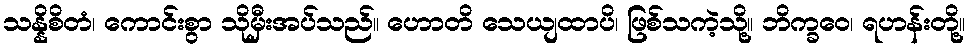
သန္နိစိတံ၊ ကောင်းစွာ သိုမှီးအပ်သည်။ ဟောတိ သေယျထာပိ၊ ဖြစ်သကဲ့သို့။ ဘိက္ခဝေ၊ ရဟန်းတို့။